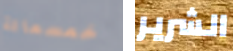
خمسمائة الشرير